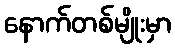
နောက်တစ်မျိုးမှာ